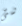
شئ